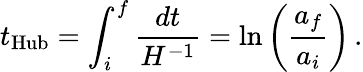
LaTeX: t_{\mathrm{Hub}}=\int_{i}^{f}\frac{dt}{H^{-1}}=\ln\left(\frac{a_{f}}{a_{i}}\right)\, .